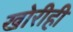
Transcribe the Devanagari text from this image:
खोरीही